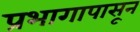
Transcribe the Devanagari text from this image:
प्रभागापासून